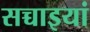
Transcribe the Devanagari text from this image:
सच्चाइयां